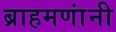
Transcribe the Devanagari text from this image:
ब्राहमणांनी